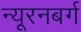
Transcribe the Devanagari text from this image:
न्यूरनबर्ग